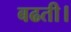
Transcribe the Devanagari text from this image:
बढती।